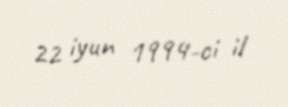
22 iyun 1994-ci il